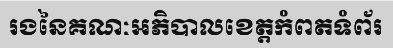
រងនៃគណៈអភិបាលខេត្តកំពតទំព័រ